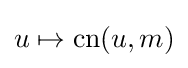
u\mapsto \operatorname {cn} (u,m)